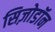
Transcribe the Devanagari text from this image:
सिज़ोडॉन